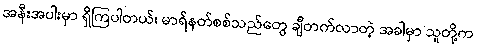
အနီးအပါးမှာ ရှိကြပါတယ်၊ မာရ်နတ်စစ်သည်တွေ ချီတက်လာတဲ့ အခါမှာ သူတို့က